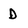
Character: D